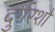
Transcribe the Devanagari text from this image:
दुर्गरशौ